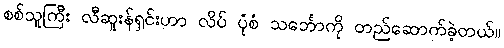
စစ်သူကြီး လီဆူးန်ရှင်းဟာ လိပ် ပုံစံ သင်္ဘောကို တည်ဆောက်ခဲ့တယ်။